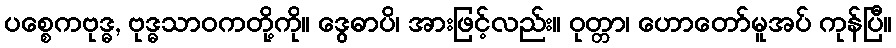
ပစ္စေကဗုဒ္ဓ, ဗုဒ္ဓသာဝကတို့ကို။ ဒွေဓာပိ၊ အားဖြင့်လည်း။ ဝုတ္တာ၊ ဟောတော်မူအပ် ကုန်ပြီ။